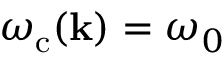
\omega _ { \mathrm { c } } ( { \bf k } ) = \omega _ { 0 }